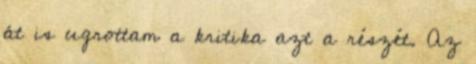
át is ugrottam a kritika azt a részét. Az